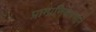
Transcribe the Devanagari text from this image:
प्रामाणिकपणाने